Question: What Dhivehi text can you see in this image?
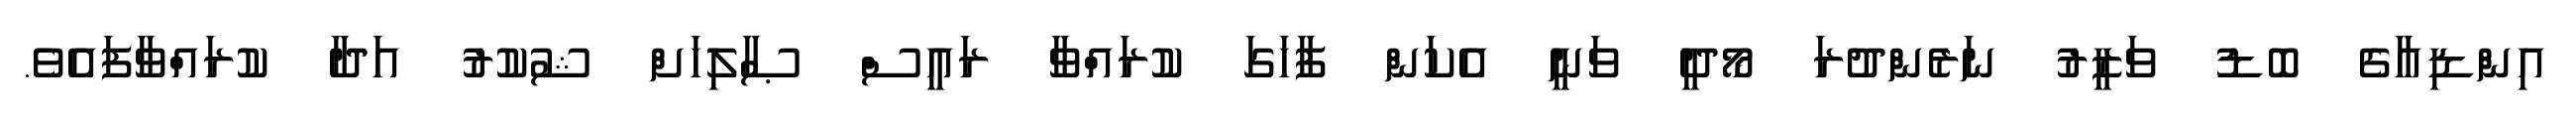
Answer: އިންޑިއާގެ ބޮޑު ވަޒީރު ނަރެންދުރަ މޯދީ ވަނީ އެކަން ފާހަގަ ކުރައްވާ ރައީސް ޞާލިހަށް ޝުކުރު އަދާ ކުރައްވާފައެވެ.